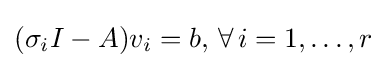
(\sigma _{i}I-A)v_{i}=b,\,\forall \,i=1,\ldots ,r